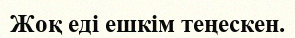
Жоқ еді ешкім теңескен.